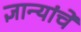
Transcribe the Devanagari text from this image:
ज्ञान्यांचें